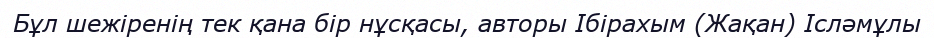
Бұл шежіренің тек қана бір нұсқасы, авторы Ібірахым (Жақан) Ісләмұлы